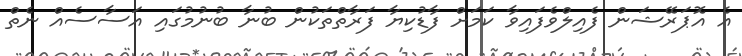
އެ އޮޕަރޭޝަން ފެއިލްވެފައިވާ ކަމަށް ފާޑުކިޔާ ފަރާތްތަކުން ބުނާ ބުނުމުގައި އަސާސެއް ނެތް